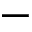
-